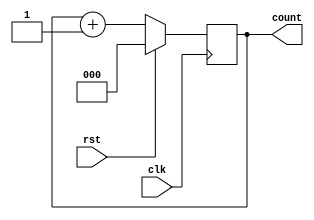
module counter_behav ( count,rst,clk);
input rst, clk;
output reg [2:0] count;
always @(posedge (clk))
if (rst)
    count<= 3'b000;
else
    count<= count + 1;
endmodule


module testmod;
reg r,c;
wire  [2:0] ct;
counter_behav countbeh (ct,r,c);
initial
begin
$dumpfile("nidhish.vcd");
$dumpvars(0, testmod);   
    r=1;
    c=0;#100 
    r=0;#200
    $finish;
end
//initial and always run in parallel and starts its execution at 0ns
always #5 c=~c;
endmodule